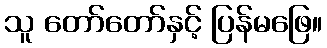
သူ တော်တော်နှင့် ပြန်မဖြေ။